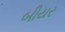
બીયર